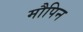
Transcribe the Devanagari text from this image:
मौपिन